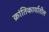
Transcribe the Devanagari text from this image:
क्रांतिकार्यातील